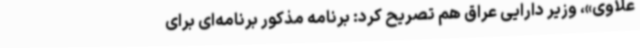
علاوی»، وزیر دارایی عراق هم تصریح کرد: برنامه مذکور برنامه‌ای برای